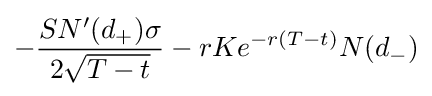
-{\frac {SN'(d_{+})\sigma }{2{\sqrt {T-t}}}}-rKe^{-r(T-t)}N(d_{-})